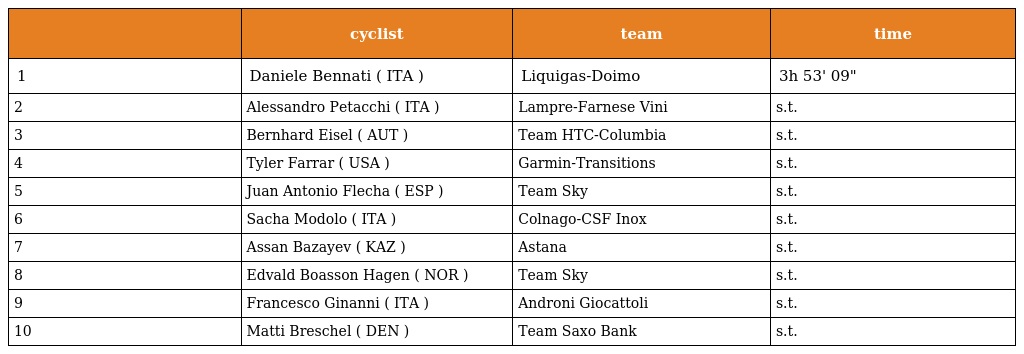
|  | cyclist | team | time |
 | --- | --- | --- | --- |
 | 1 | Daniele Bennati ( ITA ) | Liquigas-Doimo | 3h 53' 09" |
 | 2 | Alessandro Petacchi ( ITA ) | Lampre-Farnese Vini | s.t. |
 | 3 | Bernhard Eisel ( AUT ) | Team HTC-Columbia | s.t. |
 | 4 | Tyler Farrar ( USA ) | Garmin-Transitions | s.t. |
 | 5 | Juan Antonio Flecha ( ESP ) | Team Sky | s.t. |
 | 6 | Sacha Modolo ( ITA ) | Colnago-CSF Inox | s.t. |
 | 7 | Assan Bazayev ( KAZ ) | Astana | s.t. |
 | 8 | Edvald Boasson Hagen ( NOR ) | Team Sky | s.t. |
 | 9 | Francesco Ginanni ( ITA ) | Androni Giocattoli | s.t. |
 | 10 | Matti Breschel ( DEN ) | Team Saxo Bank | s.t. |